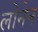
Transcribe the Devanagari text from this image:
लोनेन